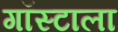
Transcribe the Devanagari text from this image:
गॉस्टाला